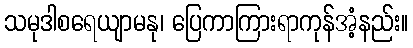
သမုဒါစရေယျာမနု၊ ပြေကာကြားရာကုန်အံ့နည်း။